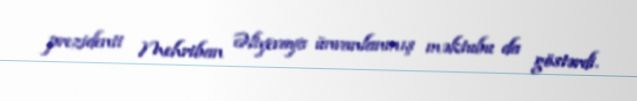
prezidenti Mehriban Əliyevaya ünvanlanmış məktubu da göstərdi.